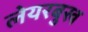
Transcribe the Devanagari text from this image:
लेयरबुख